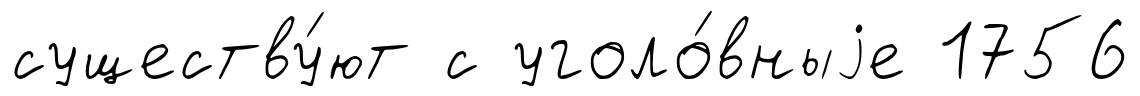
существу́ют с уголо́вныjе 1756